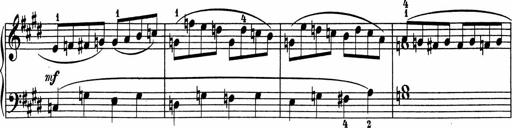
Title: 5 Sonatinen fÃ¼r die Jugend
Composer: Carl Reinecke